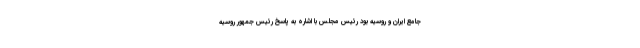
جامع ایران و روسیه بود رئیس مجلس با اشاره به پاسخ رئیس جمهور روسیه